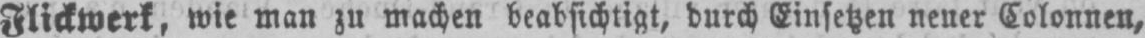
Flickwerk, wie man zu machen beabsichtigt, durch Einsetzen neuer Colonnen,